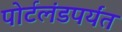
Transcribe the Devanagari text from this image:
पोर्टलंडपर्यंत